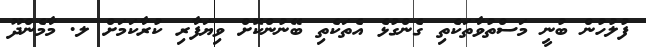
ފުލުހުން ބުނީ މަސްތުވާތަކެތި ގެންގުޅެ އެތަކެތި ބޭނުންކޮށް ވިޔަފާރި ކުރާކަމަށް ލ. މާމެންދޫ